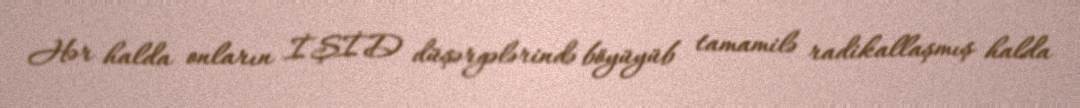
Hər halda onların İŞİD düşərgələrində böyüyüb tamamilə radikallaşmış halda